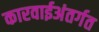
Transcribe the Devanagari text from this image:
कारवाईअंतर्गत